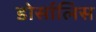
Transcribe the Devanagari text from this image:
डोर्सालिस